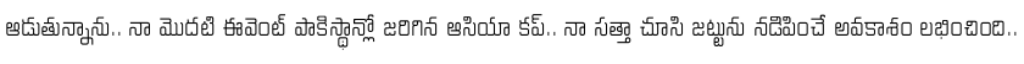
ఆడుతున్నాను.. నా మొదటి ఈవెంట్ పాకిస్థాన్లో జరిగిన ఆసియా కప్.. నా సత్తా చూసి జట్టును నడిపించే అవకాశం లభించింది..